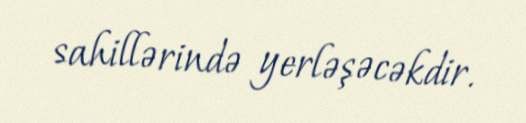
sahillərində yerləşəcəkdir.